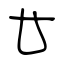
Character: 廿